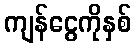
ကျန်ငွေကိုနှစ်